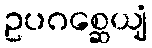
ဥပဂစ္ဆေယျံ